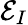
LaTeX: {\cal E}_{I}